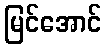
မြင်အောင်